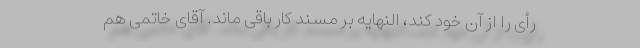
رأی را از آن خود کند، النهایه بر مسند کار باقی ماند. آقای خاتمی هم